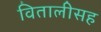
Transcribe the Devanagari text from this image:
वितालीसह